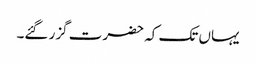
یہاں تک کہ حضرت گزر گئے۔